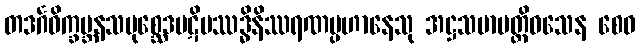
တဒင်္ဂဝိက္ခမ္ဘနသမုစ္ဆေဒပဋိပဿဒ္ဓိနိဿရဏပ္ပဟာနေသု အဋ္ဌသမာပတ္တိဝသေန စေဝ